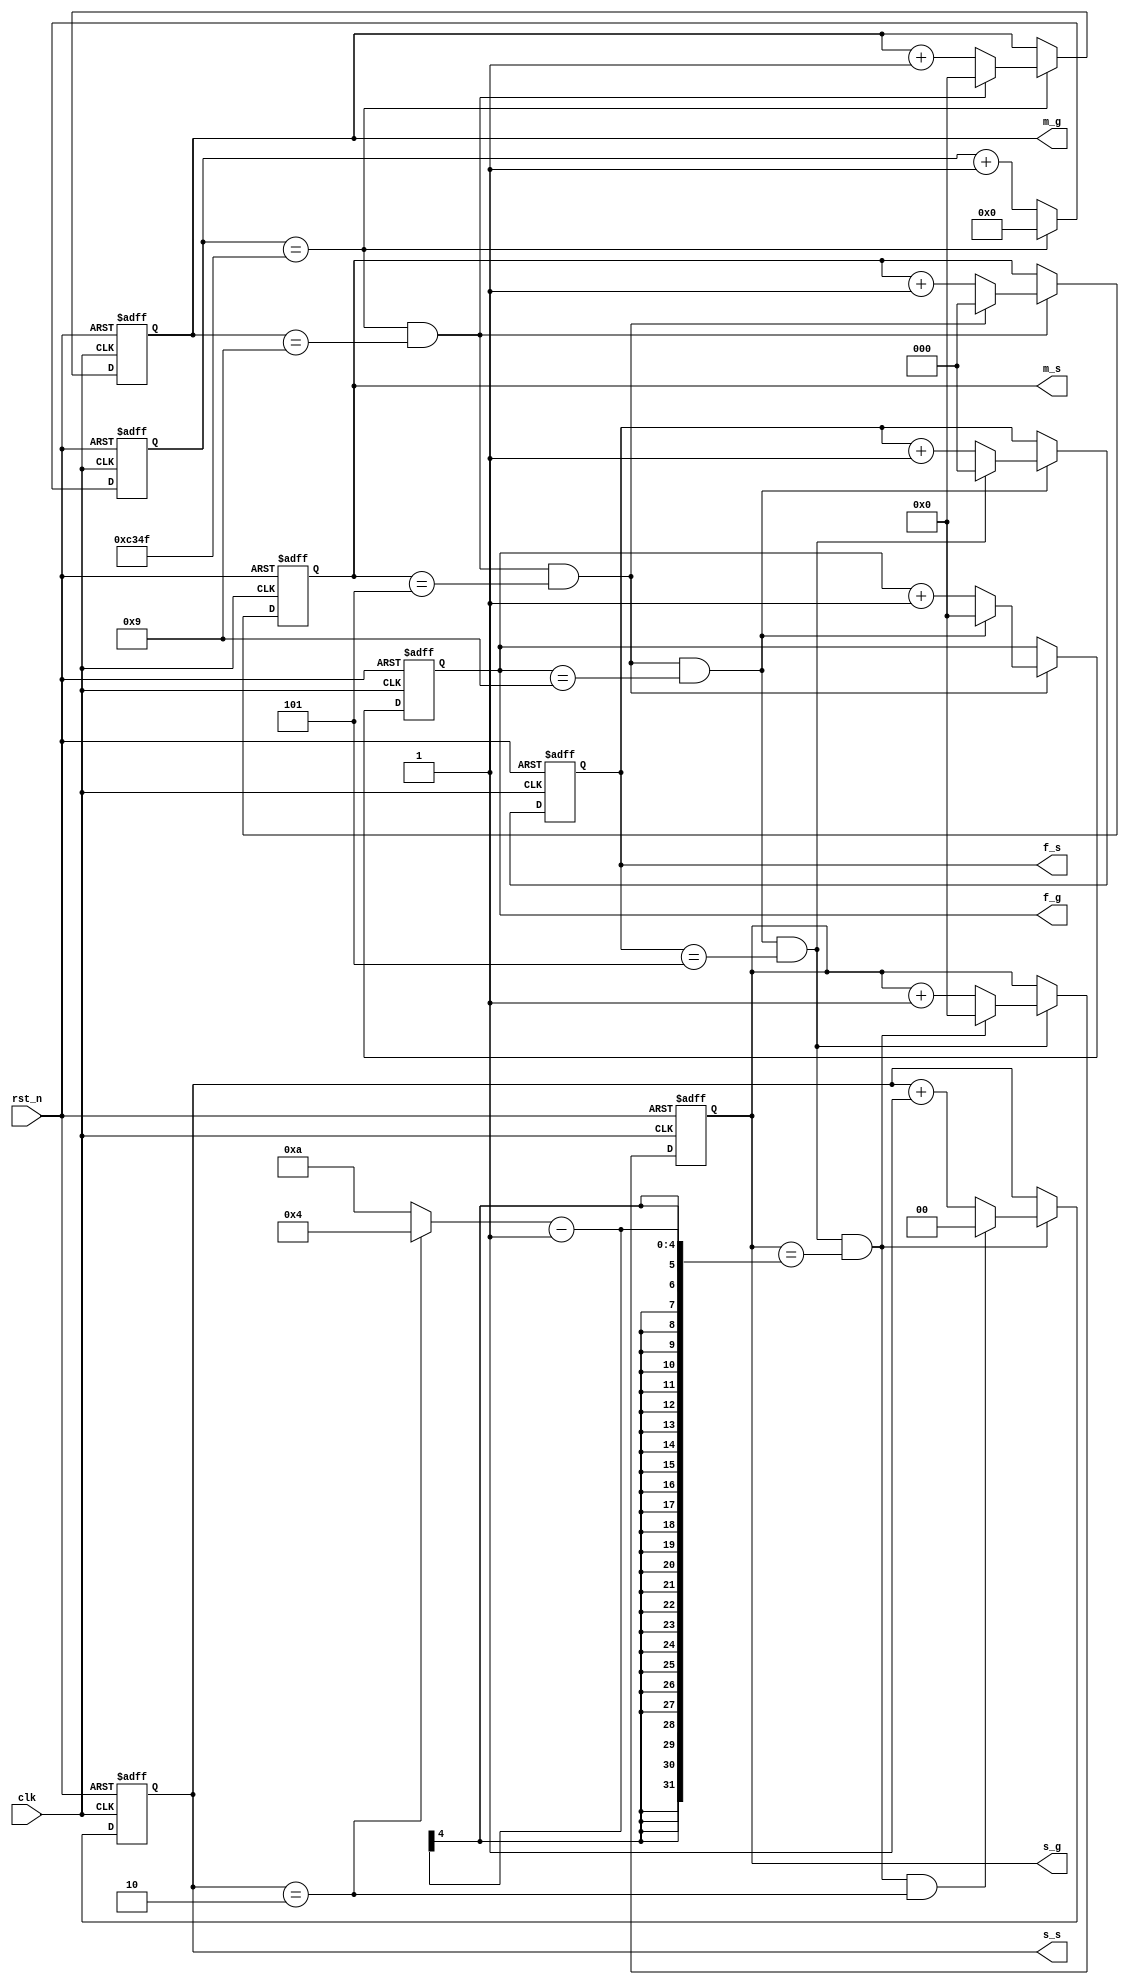
module shizhong2
#(
parameter      T1S =50_000//0.001s
)
(
input    clk    ,
input    rst_n  ,

output reg [3:0] m_g ,	//小时个位数字
output reg [2:0] m_s ,  //小时十位数字
output reg [3:0] f_g ,  //分钟个位数字
output reg [2:0] f_s ,  //分钟十位数字
output reg [3:0] s_g ,  //秒个位数字
output reg [1:0] s_s    //秒十位数字
	   
);

//中间信号定义
reg[3:0]        x; //可变载入值

//数码管扫描时间
reg[25:0]       t1_s; //扫描时间

// 计1s   0.001s
always @(posedge clk or negedge rst_n)begin
    if(!rst_n)begin
        t1_s <= 0;
    end
    else if(add_t1_s)begin
        if(end_t1_s)
            t1_s <= 0;
        else
            t1_s <= t1_s + 1;
    end
end

assign add_t1_s =1 ;       
assign end_t1_s = add_t1_s && t1_s==T1S-1 ;   
//����λ 0-9
always @(posedge clk or negedge rst_n)begin
    if(!rst_n)begin
        m_g <= 0;
    end
    else if(add_m_g)begin
        if(end_m_g)
            m_g <= 0;
        else
            m_g <= m_g + 1;
    end
end

assign add_m_g =end_t1_s ;       
assign end_m_g = add_m_g && m_g==10-1 ;   
//��ʮλ 0-5
always @(posedge clk or negedge rst_n)begin
    if(!rst_n)begin
        m_s <= 0;
    end
    else if(add_m_s)begin
        if(end_m_s)
            m_s <= 0;
        else
            m_s <= m_s + 1;
    end
end

assign add_m_s = end_m_g ;       
assign end_m_s = add_m_s && m_s==6-1 ;   
//�ָ�λ 0-9
always @(posedge clk or negedge rst_n)begin
    if(!rst_n)begin
        f_g <= 0;
    end
    else if(add_f_g)begin
        if(end_f_g)
            f_g <= 0;
        else
            f_g <= f_g + 1;
    end
end

assign add_f_g = end_m_s ;       
assign end_f_g = add_f_g && f_g==10-1 ;   
//��ʮλ 0-5
always @(posedge clk or negedge rst_n)begin
    if(!rst_n)begin
        f_s <= 0;
    end
    else if(add_f_s)begin
        if(end_f_s)
            f_s <= 0;
        else
            f_s <= f_s + 1;
    end
end

assign add_f_s =end_f_g ;       
assign end_f_s = add_f_s && f_s==6-1 ;   
//ʱ��λ 0-9 0-3
always @(posedge clk or negedge rst_n)begin
    if(!rst_n)begin
        s_g <= 0;
    end
    else if(add_s_g)begin
        if(end_s_g)
            s_g <= 0;
        else
            s_g <= s_g + 1;
    end
end

assign add_s_g =end_f_s ;       
assign end_s_g = add_s_g && s_g==x-1 ;   
//ʱʮλ 0-2
always @(posedge clk or negedge rst_n)begin
    if(!rst_n)begin
        s_s <= 0;
    end
    else if(add_s_s)begin
        if(end_s_s)
            s_s <= 0;
        else
            s_s <= s_s + 1;
    end
end

assign add_s_s =end_s_g ;       
assign end_s_s = add_s_s && s_s==3-1 ;
//Сʱ��λ
always  @(*)begin
    if(s_s==2)begin
        x=4;
    end
    else begin
        x=10;
    end
end
endmodule